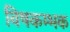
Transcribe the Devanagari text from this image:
विषकम्भक